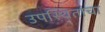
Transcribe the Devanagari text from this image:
उपस्थितांचा